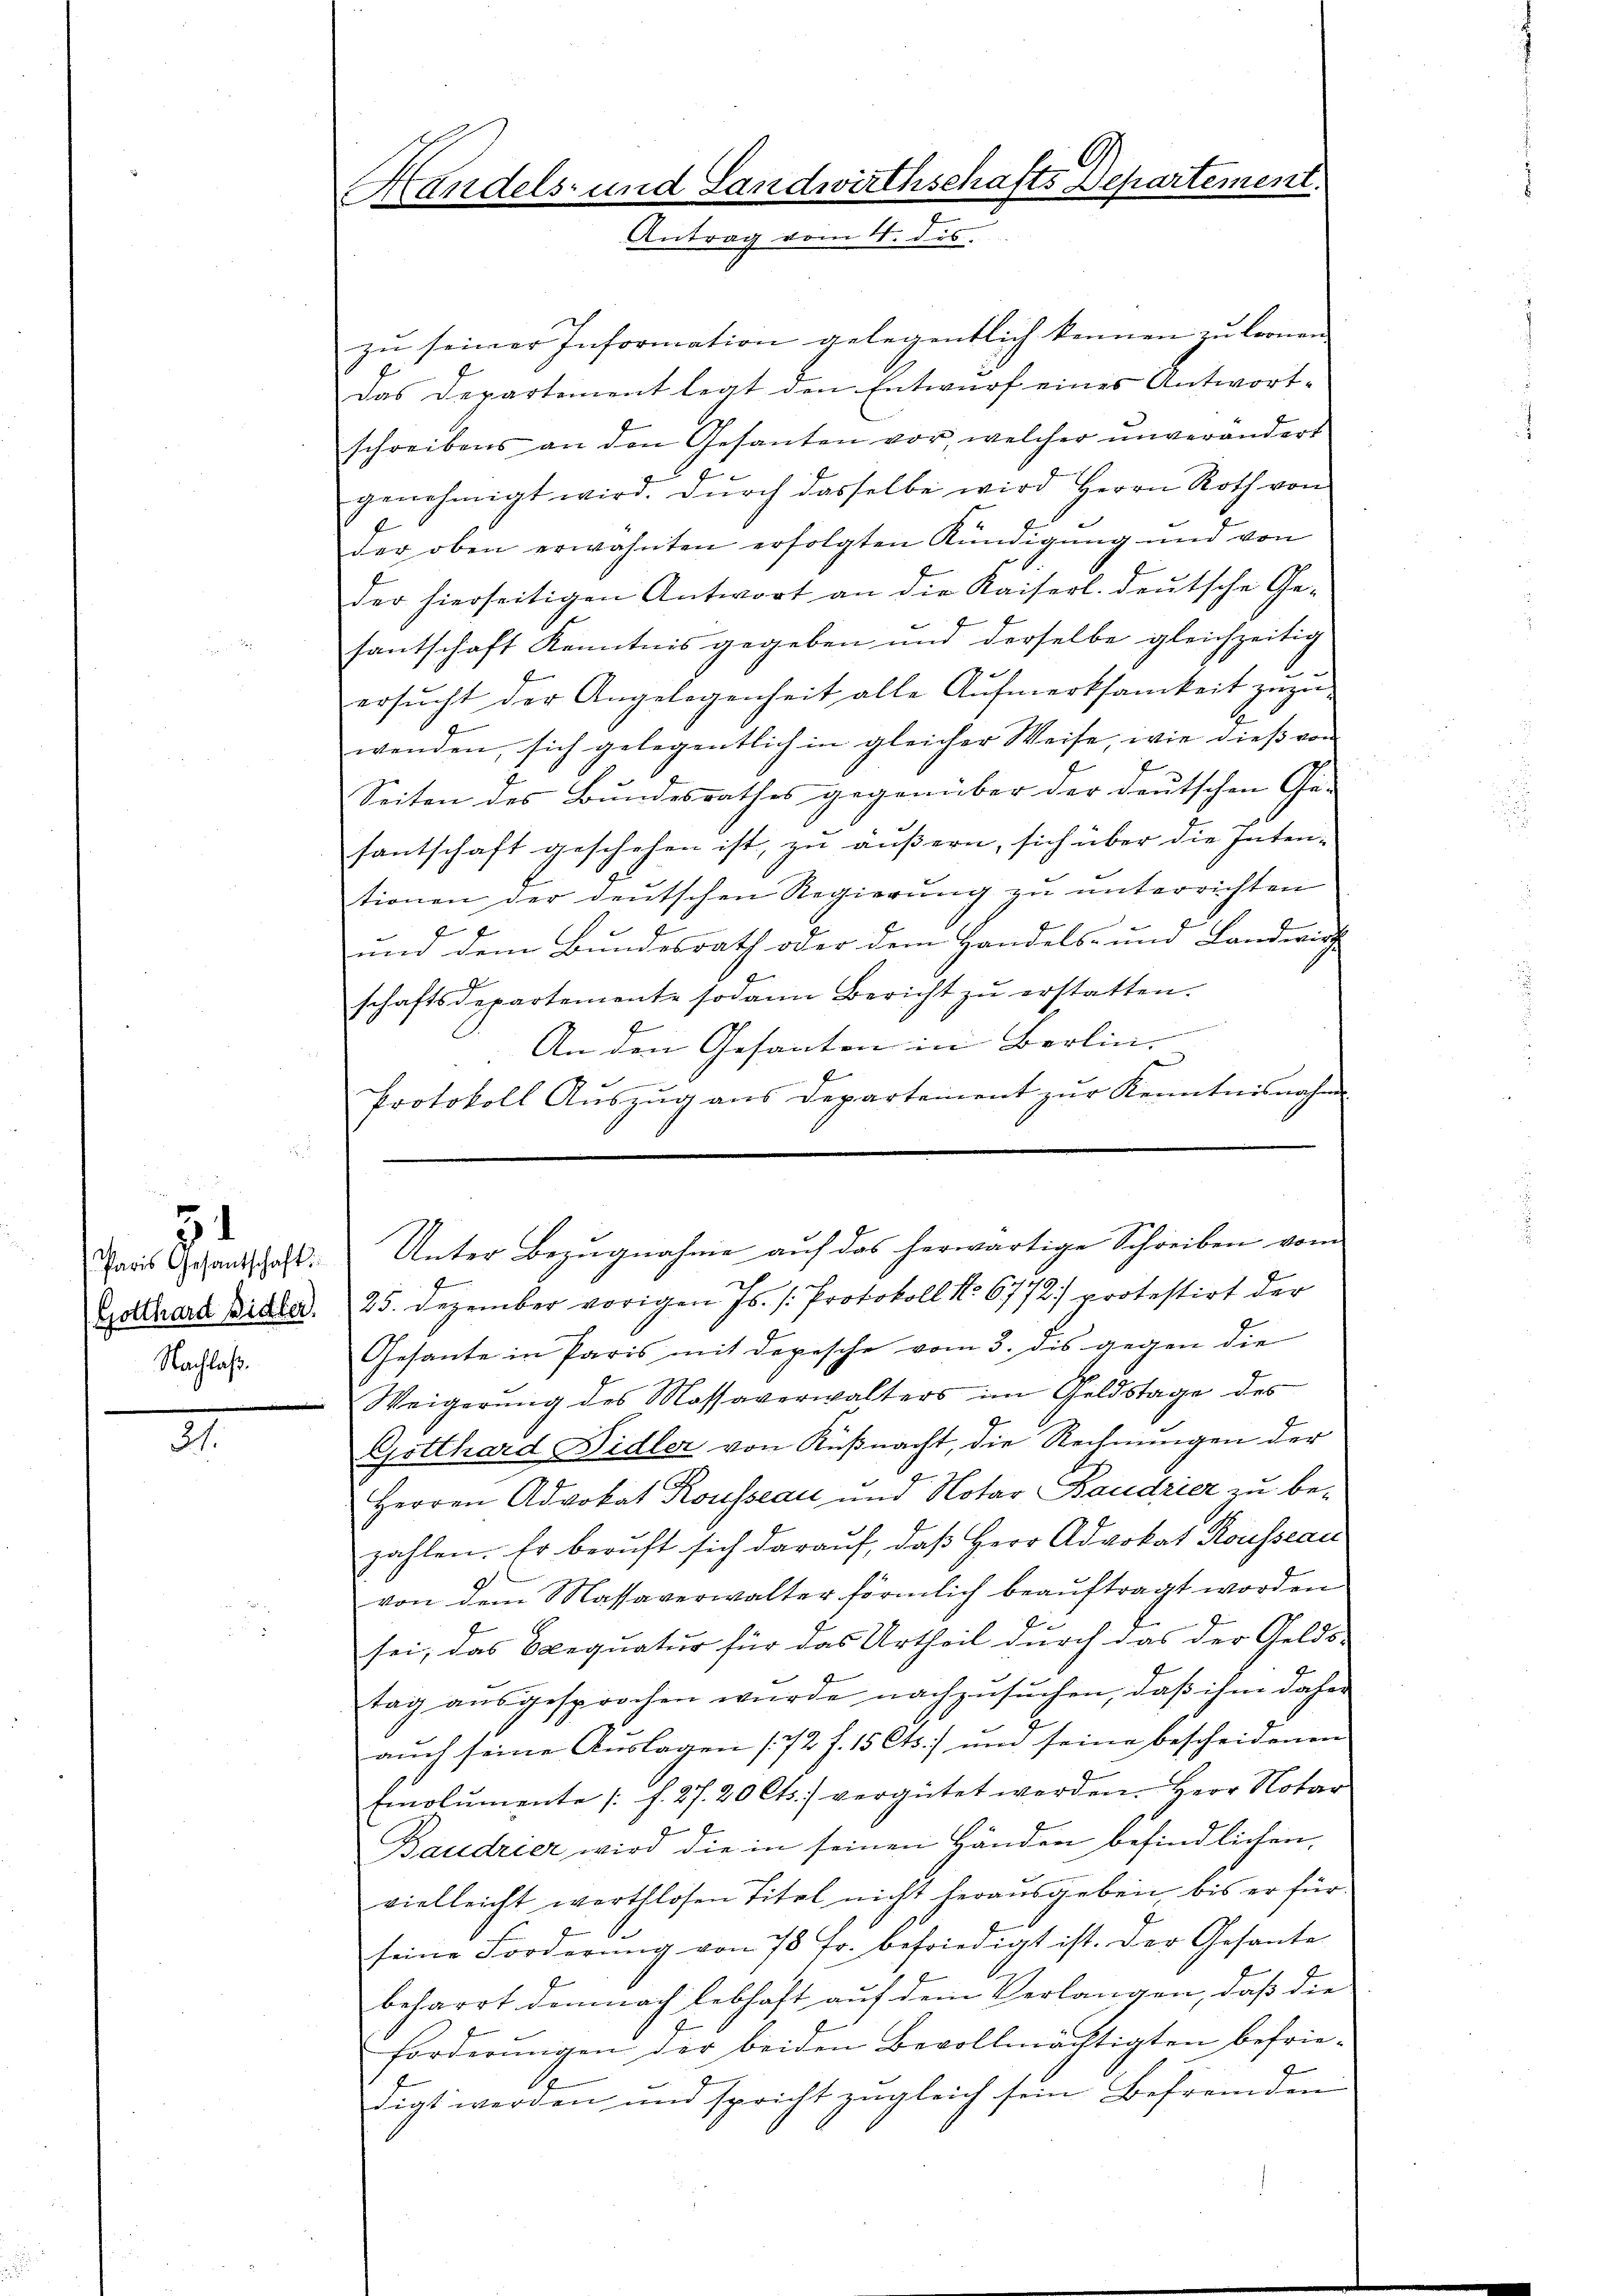
31
(Gotthard Bidler.
Nachlaß.

.

Handels- und Landwirthschafts Departement.
Antrag vom 4. dis.

zu seiner Information gelegentlich kennen zu lernen
Das Departement legt den Entwurf eines Antwortschreibens an den Gesanten vor, welcher unverändert
zu
genehmigt wird. Durch dasselbe wird Herrn Roth von
der oben erwähnten erfolgten Kündigŭng und von
der hierseitigen Antwort an die Kaiserl. deutsche Ge-
santschaft Kenntnis gegeben und derselbe gleichzeitig
ersŭcht der Angelegenheit alle Aŭfmerksamkeit zŭzŭ-
wenden, sich gelegentlich in gleicher Weise, wie dieß von
Seiten des Bundesrathes gegenüber der deutschen Ge-
santschaft geschehen ist, zu äußern, sich über die Inten-
tionen der deutschen Regierung zu unterrichten
und dem Bundesrath oder dem Handels- und Landwir
schaftsdepartemente sodann Bericht zŭ erstatten.
An den Gesanten in Berlin. |
2
Protokoll Aŭszŭg ans Departement zŭr Kenntnisnahme
25. Dezember vorigen Js. s. Protokoll No 6772) protestirt der
Gesante in Paris mit Depesche vom 3. dis gegen die
Weigerung des Massaverwalters im Geldstage des
Gotthard Fidler von Küßnacht, die Rechnungen der
Herren Advokat Rousseau und Notar Baudzier zu bezahlen. Er beruft sich darauf, daß Herr Advokat Rousseau
von dem Massaverwalter förmlich beauftragt worden
sei, das Seequatur für das Urtheil durch das der Gelds-
tag aŭsgesprochen wurde nachzŭsŭchen, daß ihm daher
aŭch seine Auslagen (72 f. 15 Cts. um seine bescheidenen
Emolumente |: f. 27. 20 Cts.) vergütet werden. Herr Notar
Baudrier wird die in seinen Händen befindlichen,
vielleicht werthlosen Titel nicht herausgeben, bis er für
seine Forderŭng von 75 Fr. befriedigt ist. Der Gesante
beharrt demnach lebhaft auf dem Verlangen, daß die
forderungen der beiden Bevollmächtigten befriedigt werden und spricht zugleich sein Befremden

Paris Gesandschaft. Unter Bezŭgnahme aŭf das herwärtige Schreiben vom